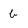
Character: b